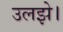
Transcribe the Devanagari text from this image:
उलझे।